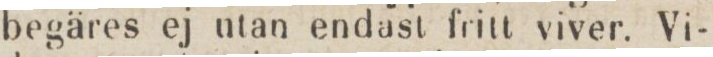
begäres ej utan endast fritt viver. Vi-